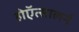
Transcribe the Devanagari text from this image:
होऍत्सालर्न